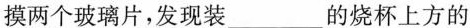
摸两个玻璃片，发现装___的烧杯上方的